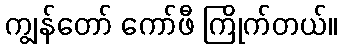
ကျွန်တော် ကော်ဖီ ကြိုက်တယ်။